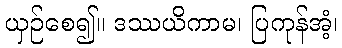
ယှဉ်စေ၍။ ဒဿယိကာမ၊ ပြကုန်အံ့၊